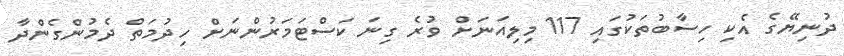
ދުނިޔޭގެ އެކި ހިސާބުތަކުގައި 117 މިލިއަނަށް ވުރެ ގިނަ ކަސްޓަމަރުންނަށް ހިދުމަތް ދެމުންގެންދާ